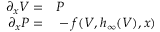
\begin{array} { r l } { \partial _ { x } V = } & { { } P } \\ { \partial _ { x } P = } & { { } - f ( V , h _ { \infty } ( V ) , x ) } \end{array}